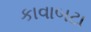
કાવાબટા